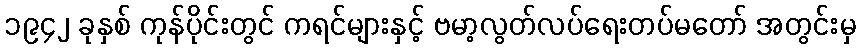
၁၉၄၂ ခုနှစ် ကုန်ပိုင်းတွင် ကရင်များနှင့် ဗမာ့လွတ်လပ်ရေးတပ်မတော် အတွင်းမှ